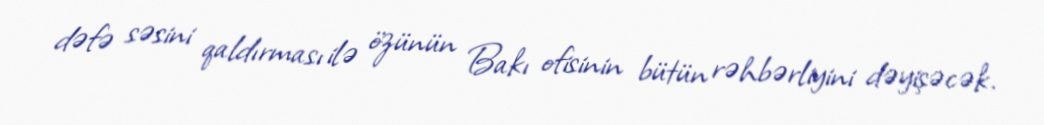
dəfə səsini qaldırması ilə özünün Bakı ofisinin bütün rəhbərliyini dəyişəcək.